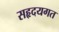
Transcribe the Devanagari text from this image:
सहृदयगत